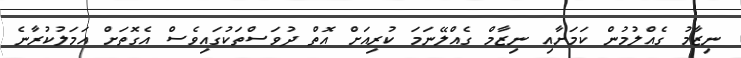
ނިޒާމު ގެއްލުމުން ކަމަށާއި ނިޒާމް ގެއްލޭނަމަ ކުރިއަށް އޮތް ދުވަސްތަކުގައިވެސް އެގޮތަށް އަމަލުކުރާނެ